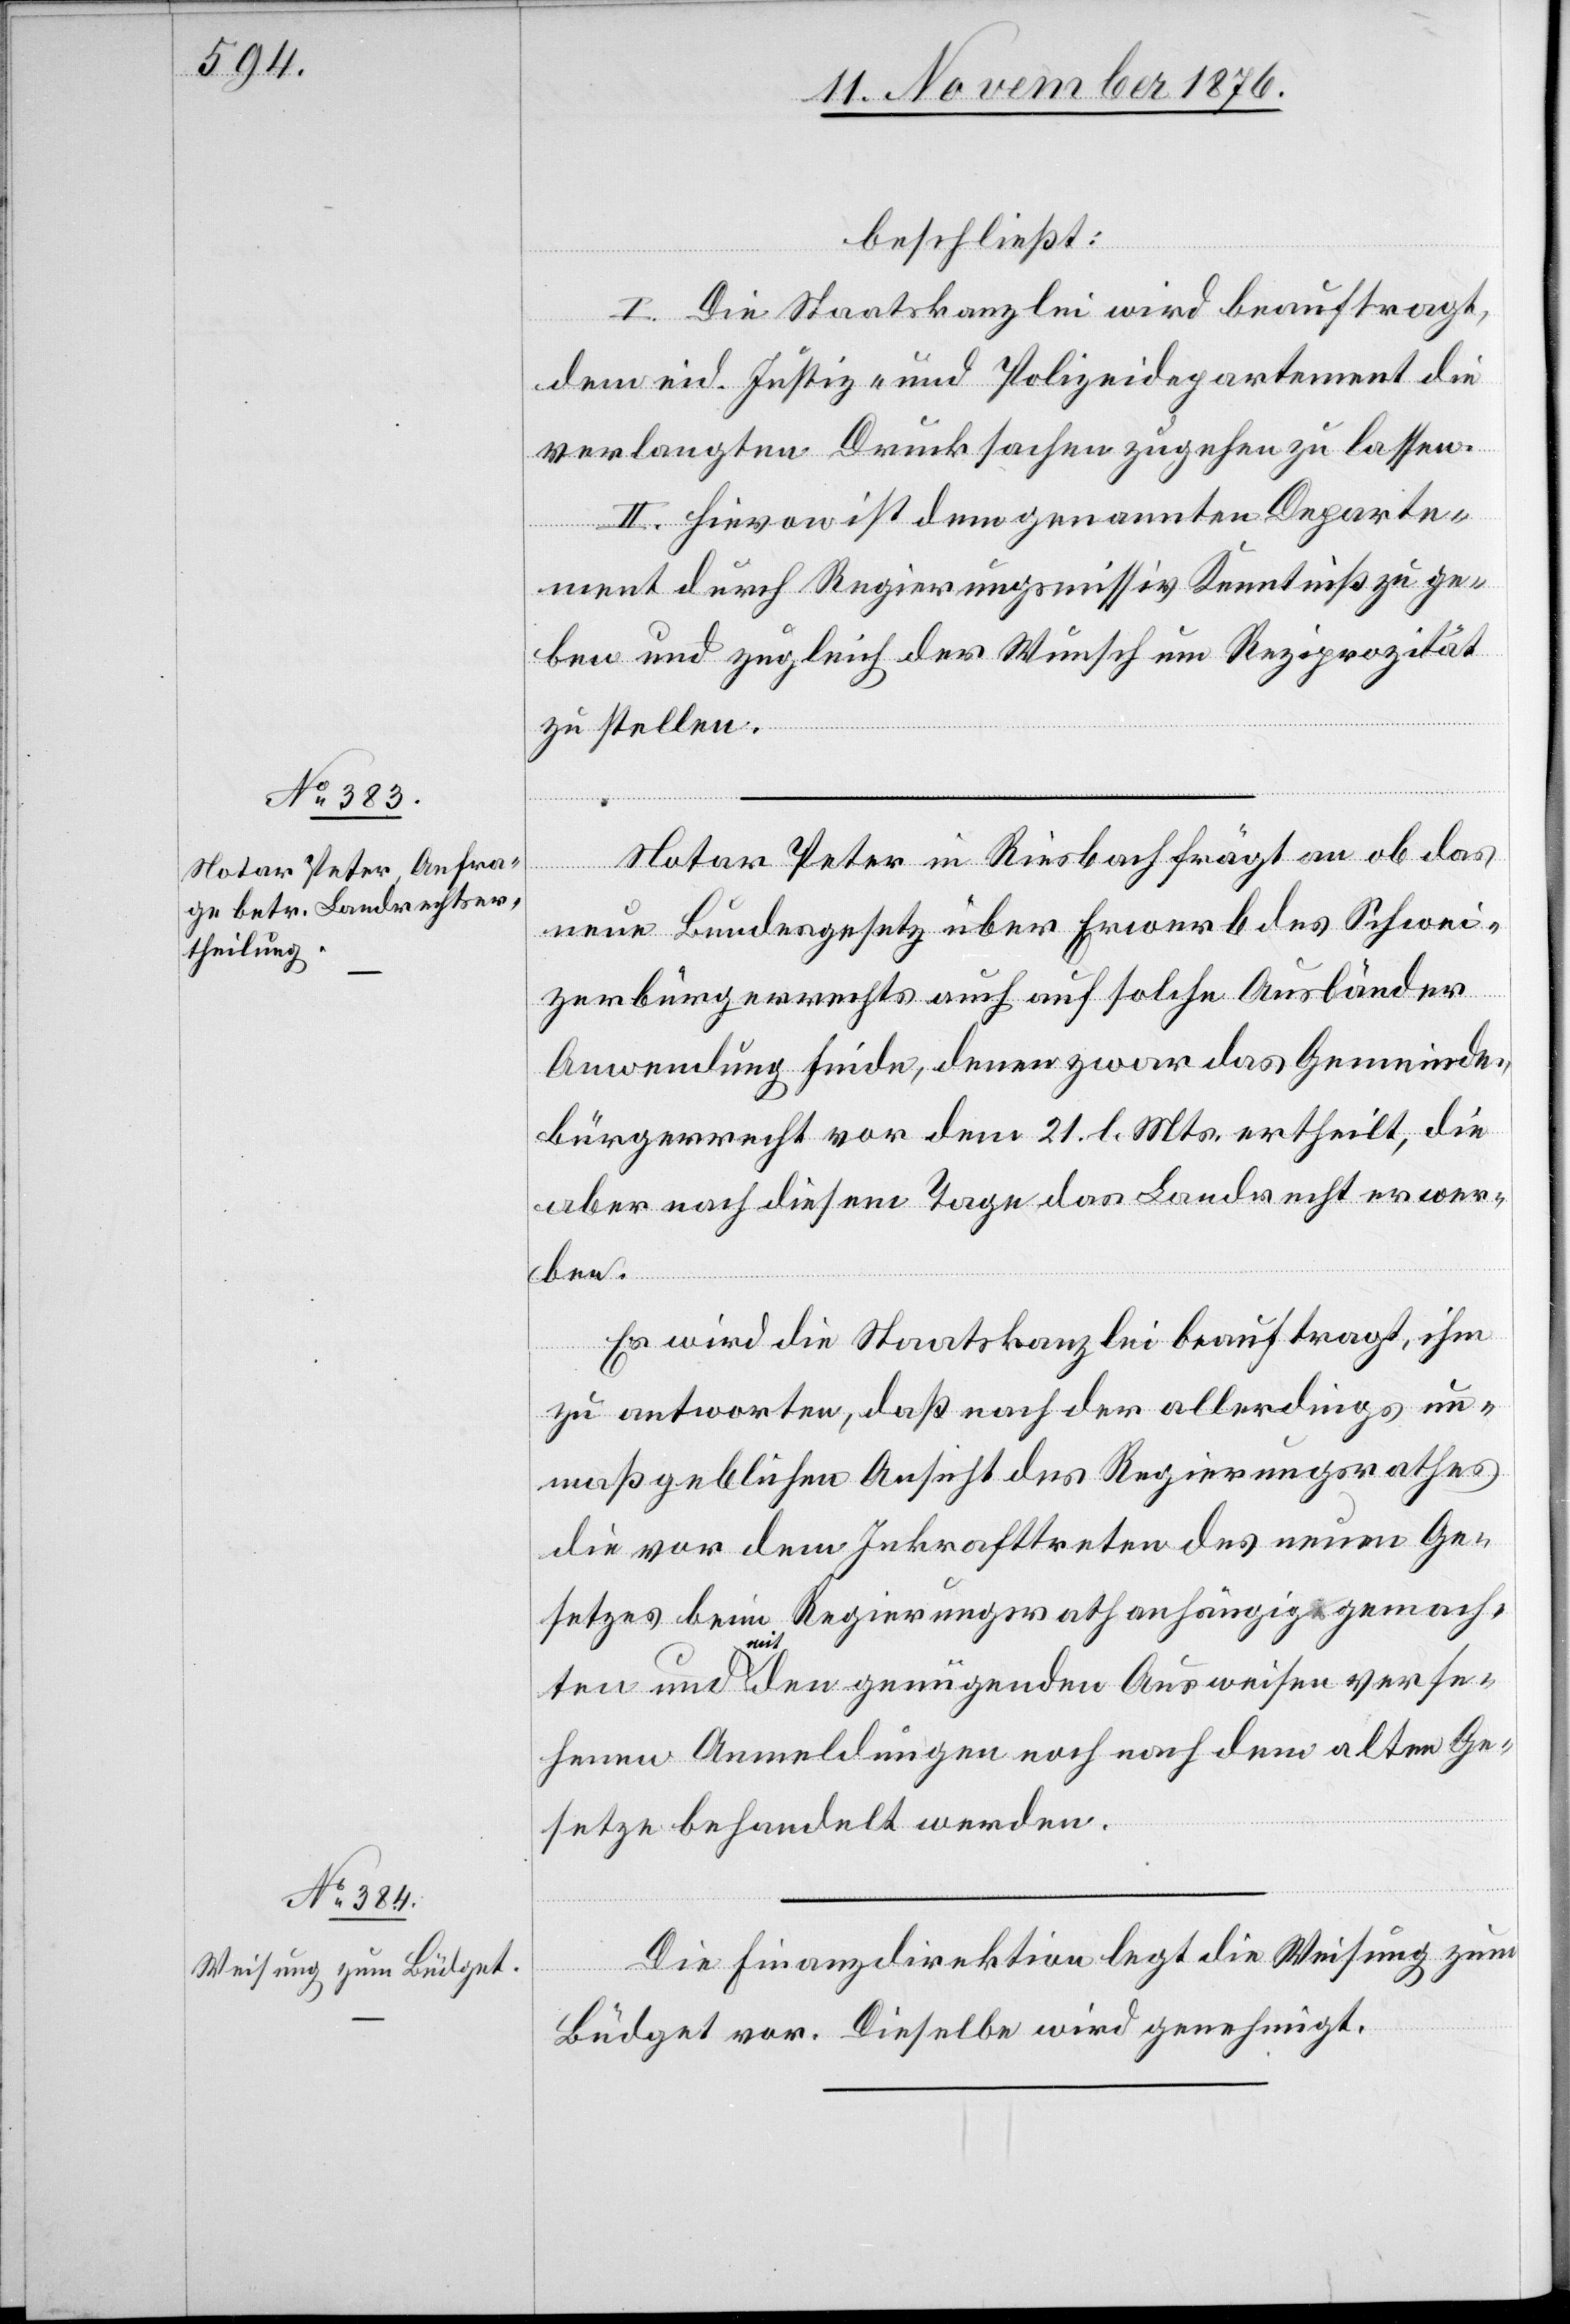
beschließt:
I. Die Staatskanzlei wird beauftragt,
dem eid. Justiz- und Polizeidepartement die
verlangten Drucksachen zugehen zu lassen.
II. Hievon ist dem genannten Departe¬
ment durch Regierungsmissiv Kenntniß zu ge¬
ben und zugleich der Wunsch um Reziprozität
zu stellen.
Notar Peter in Riesbach frägt an ob das
neue Bundesgesetz über Erwerb des Schwei¬
zerbürgerrechts auch auf solche Ausländer
Anwendung finde, denen zwar das Gemeinde¬
bürgerrecht vor dem 21. l. Mts. ertheilt, die
aber nach diesem Tage das Landrecht erwer¬
ben.
Es wird die Staatskanzlei beauftragt, ihm
zu antworten, daß nach der allerdings un¬
maßgeblichen Ansicht des Regierungsrathes
die vor dem Inkrafttreten des neuen Ge¬
setzes beim Regierungsrath anhängig gemach¬
ten und mit den genügenden ausweisen verse¬
henen Anmeldungen noch nach dem alten Ge¬
setze behandelt werden.
Die Finanzdirektion legt die Weisung zum
Büdget vor. Dieselbe wird genehmigt.